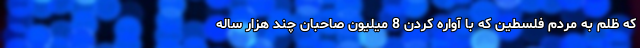
که ظلم به مردم فلسطین که با آواره کردن 8 میلیون صاحبان چند هزار ساله